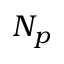
N _ { p }